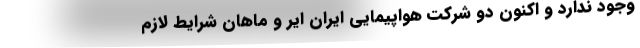
وجود ندارد و اکنون دو شرکت هواپیمایی ایران ایر و ماهان شرایط لازم